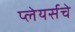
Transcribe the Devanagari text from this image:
प्लेयर्सचे